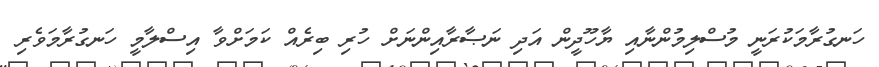
ހަނގުރާމަކުރަނީ މުސްލިމުންނާއި ޔާހޫދީން އަދި ނަޞާރާއިންނަށް ހުރި ބިރެއް ކަމަށްވާ އިސްލާމީ ހަނގުރާމަވެރި